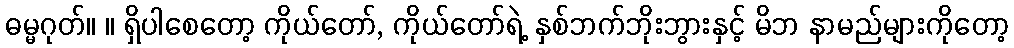
ဓမ္မဂုတ်။ ။ ရှိပါစေတော့ ကိုယ်တော်, ကိုယ်တော်ရဲ့ နှစ်ဘက်ဘိုးဘွားနှင့် မိဘ နာမည်များကိုတော့